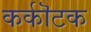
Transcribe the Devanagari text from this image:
कर्कॊटक